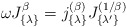
\begin{align*}\omega J_{\{ \lambda \} }^{\beta} =j_{\{ \lambda \} }^{(\beta)} J_{\{ \lambda' \} }^{(1/\beta)}\end{align*}